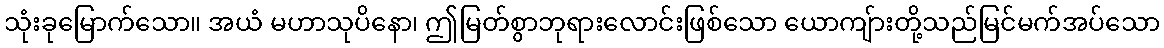
သုံးခုမြောက်သော။ အယံ မဟာသုပိနော၊ ဤမြတ်စွာဘုရားလောင်းဖြစ်သော ယောကျ်ားတို့သည်မြင်မက်အပ်သော